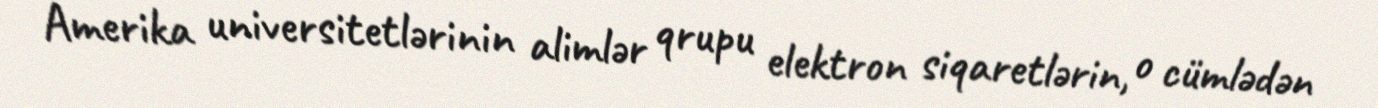
Amerika universitetlərinin alimlər qrupu elektron siqaretlərin, o cümlədən